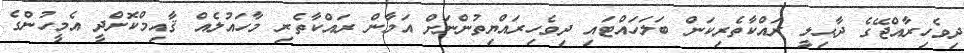
ދިވެހިރާއްޖޭގެ ދާޙިލީ ރައްކާތެރިކަން ބަލަހައްޓައި ދިވެހިރައްޔިތުންނަށް އަމާން ރައްކާތެރި މާހައުލެއް ޤާއިމްކޮށްދީ އެމީހުންގެ